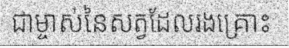
ជាម្ចាស់នៃសត្វដែលរងគ្រោះ